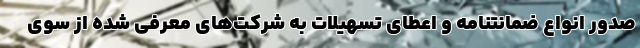
صدور انواع ضمانتنامه و اعطای تسهیلات به شرکت‌های معرفی شده از سوی